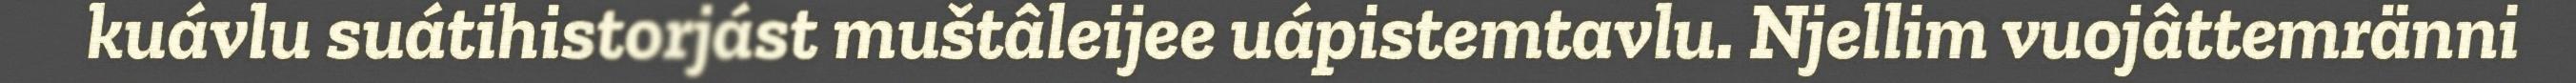
kuávlu suátihistorjást muštâleijee uápistemtavlu. Njellim vuojâttemränni